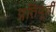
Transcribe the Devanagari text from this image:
प्रतिपूर्ती